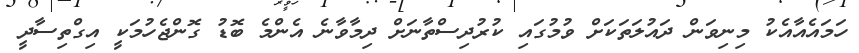
ހަމައެއާއެކު މިނިވަން ދައުލަތަކަށް ވުމުގައި ކުރުދިސްތާނަށް ދިމާވާނެ އެންމެ ބޮޑު ގޮންޖެހުމަކީ އިގްތިސާދީ